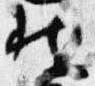
北